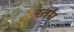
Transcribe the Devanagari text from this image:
रतम्